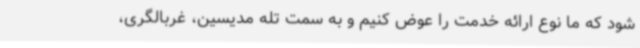
شود که ما نوع ارائه خدمت را عوض کنیم و به سمت تله مدیسین، غربالگری،